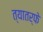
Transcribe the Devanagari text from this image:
त्यातर्फे